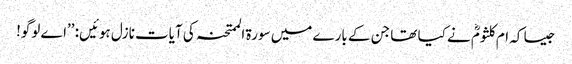
جیسا کہ ام کلثومؓ نے کیا تھا جن کے بارے میں سورۃ الممتحنہ کی آیات نازل ہوئیں: ’’اے لوگو!